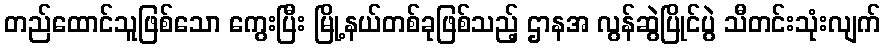
တည်ထောင်သူဖြစ်သော ကွေးပြီး မြို့နယ်တစ်ခုဖြစ်သည့် ဌာနအ လွန်ဆွဲပြိုင်ပွဲ သီတင်းသုံးလျက်